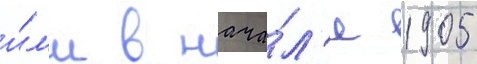
и́л'и в нача́л'е 1905